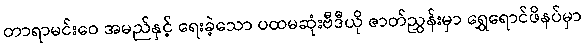
တာရာမင်းဝေ အမည်နှင့် ရေးခဲ့သော ပထမဆုံးဗီဒီယို ဇာတ်ညွှန်းမှာ ရွှေရောင်ဖိနပ်မှာ